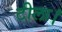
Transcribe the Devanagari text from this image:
टीला।